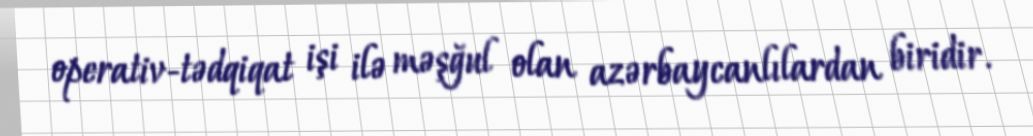
operativ-tədqiqat işi ilə məşğul olan azərbaycanlılardan biridir.